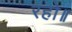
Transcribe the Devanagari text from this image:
रहो॥